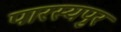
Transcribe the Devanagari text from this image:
पारस्यपुर